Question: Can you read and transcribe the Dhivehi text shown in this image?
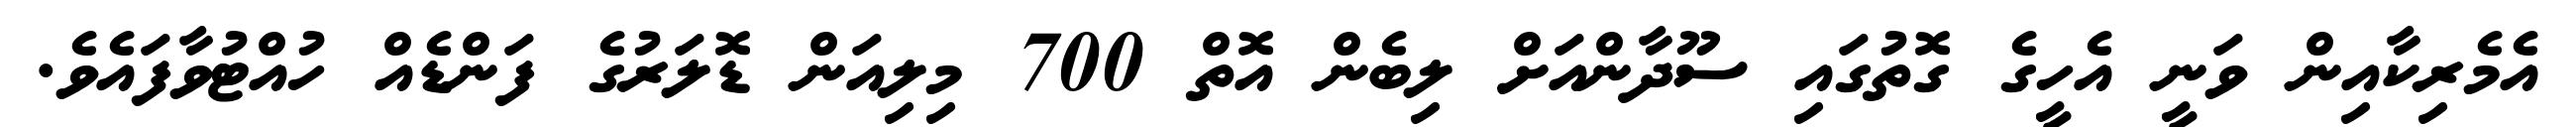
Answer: އެމެރިކާއިން ވަނީ އެހީގެ ގޮތުގައި ސޫދާންއަށް ލިބެން އޮތް 700 މިލިއަން ޑޮލަރުގެ ފަންޑެއް ހުއްޓުވާފައެވެ.